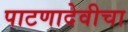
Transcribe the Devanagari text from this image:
पाटणादेवीचा